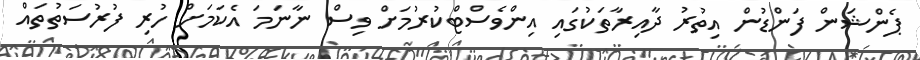
ޕެންޝަން ފަންޑުން އިތުރު ދާއިރާތަކުގައި އިންވެސްޓްކުރުމަށް ވިސް ނާނަމަ އެކަމަށް ހުރި ފުރުސަތުތައް